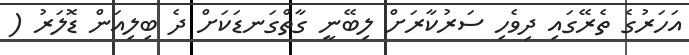
އަހަރުގެ ތެރޭގައި ދިވެހި ސަރުކާރަށް ލިބޭނީ ގާތްގަނޑަކަށް ދެ ބިލިއަން ޑޮލަރު (